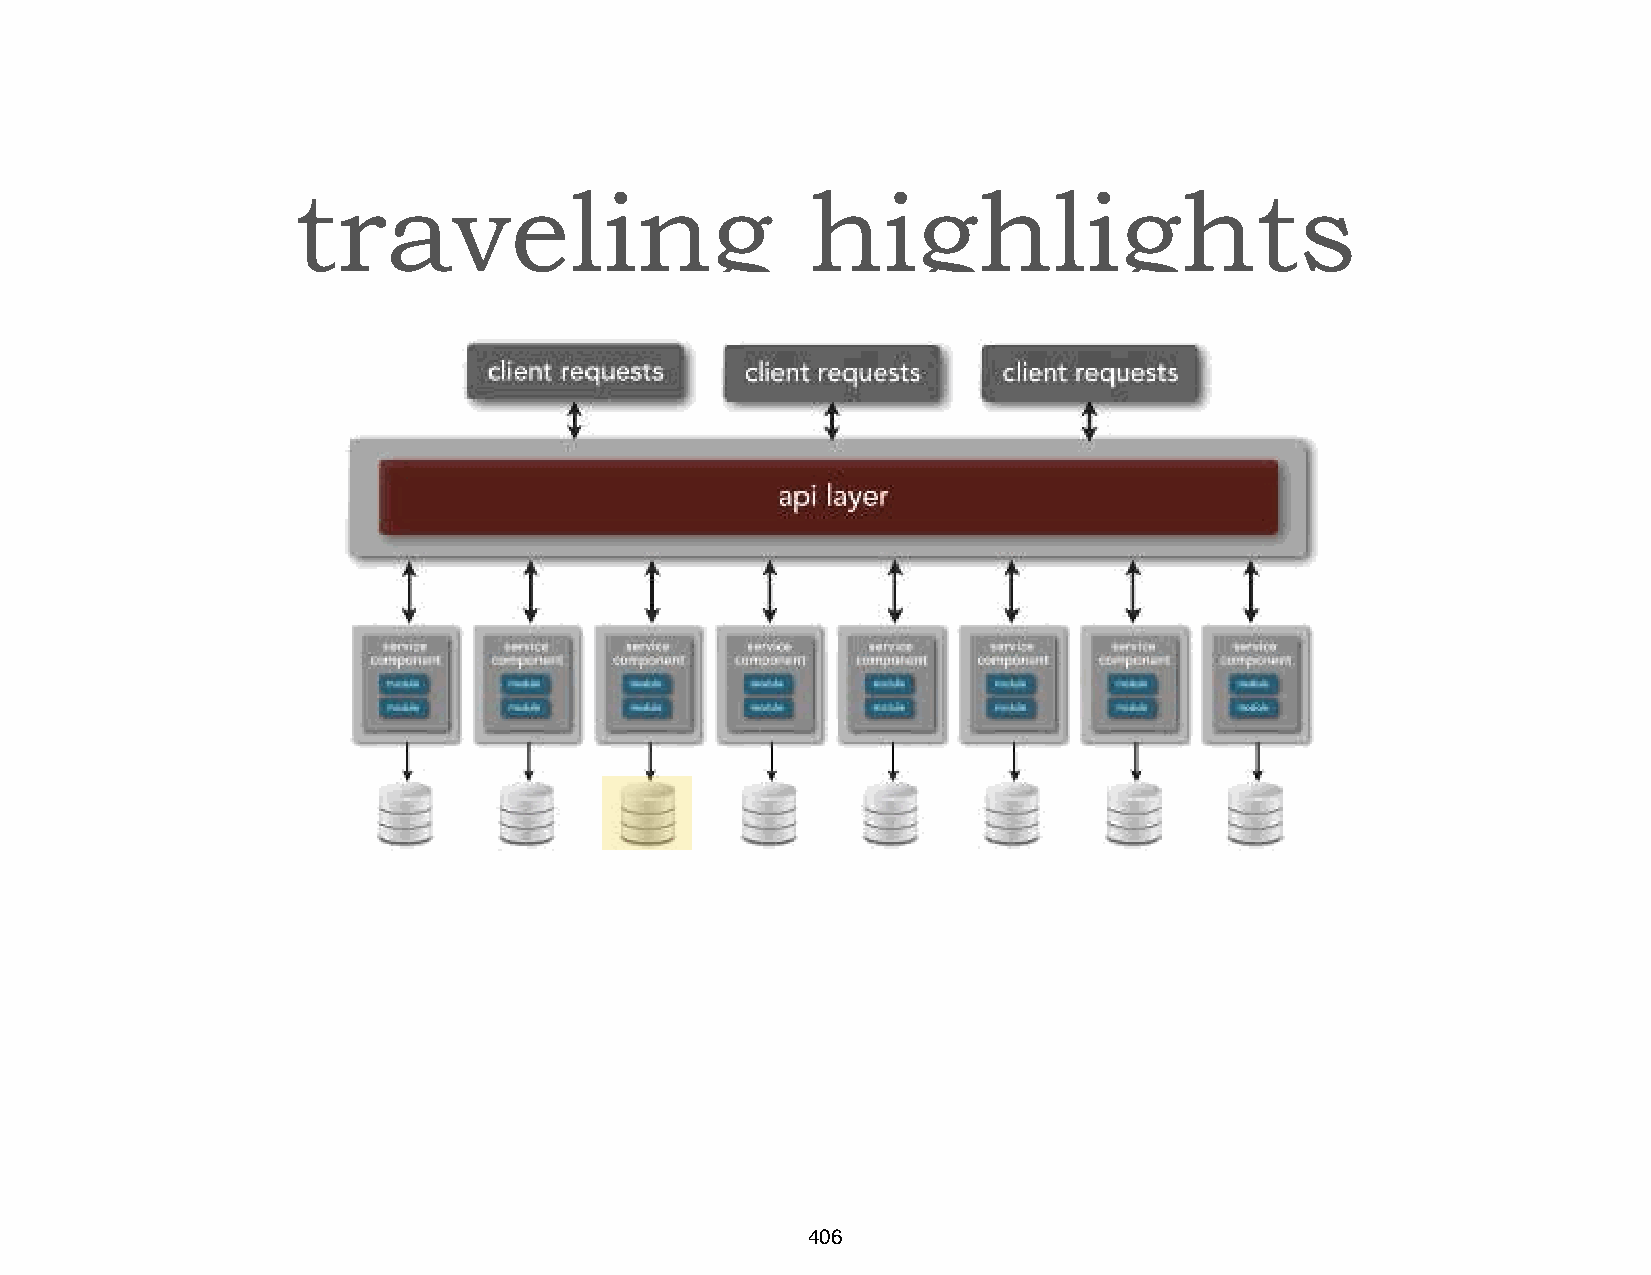
traveling                         highlights
 406